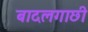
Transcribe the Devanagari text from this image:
बादलगाछी